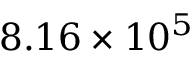
8 . 1 6 \times 1 0 ^ { 5 }